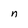
Character: n